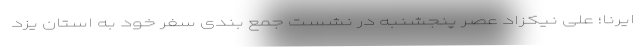
ایرنا؛ علی نیکزاد عصر پنجشنبه در نشست جمع بندی سفر خود به استان یزد